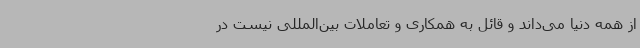
از همه دنیا می‌داند و قائل به همکاری و تعاملات بین‌المللی نیست در